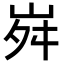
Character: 𡶷